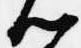
以